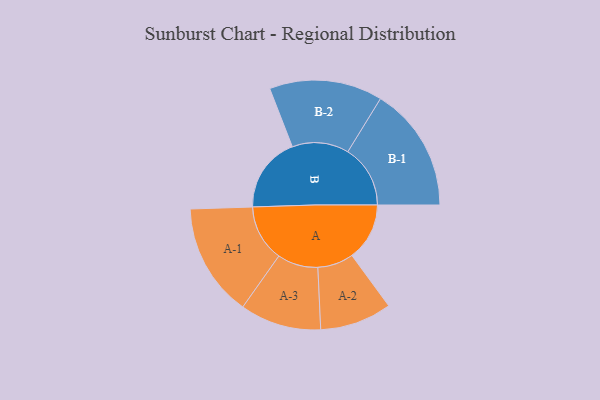
{"axis": {"x": "Segment", "y": "Value"}, "legend": ["", "A", "B"], "data": [{"x": "A", "y": 234, "type": ""}, {"x": "B", "y": 307, "type": ""}, {"x": "A-1", "y": 230, "type": "A"}, {"x": "A-2", "y": 146, "type": "A"}, {"x": "A-3", "y": 165, "type": "A"}, {"x": "B-1", "y": 254, "type": "B"}, {"x": "B-2", "y": 230, "type": "B"}]}